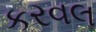
કરવલ